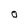
Character: 0